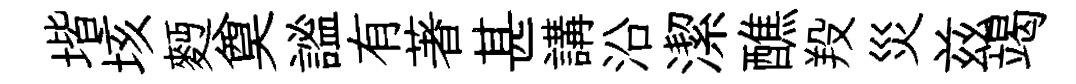
堦垓麪奠謐有著甚講沿潔醮羖災兹竭